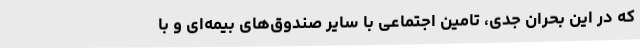
که در این بحران جدی، تامین اجتماعی با سایر صندوق‌های بیمه‌ای و با